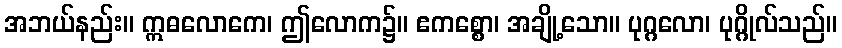
အဘယ်နည်း။ ဣဓလောကေ၊ ဤလောက၌။ ဧကစ္စော၊ အချို့သော။ ပုဂ္ဂလော၊ ပုဂ္ဂိုလ်သည်။